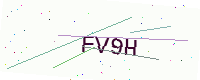
Text: FV9H